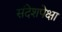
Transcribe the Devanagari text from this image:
संदेशपेक्षा